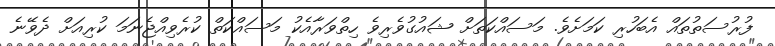
ފުރުސަތުތައް އެބަހުރި ކަމަށެވެ. މަސައްކަތަށް ޝައުގުވެރިވެ ހިތްވަރާއެކު މަސައްކަތް ކުރެވިއްޖެނަމަ ކުރިއަށް ދެވޭނެ